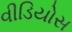
વીડિયોસ